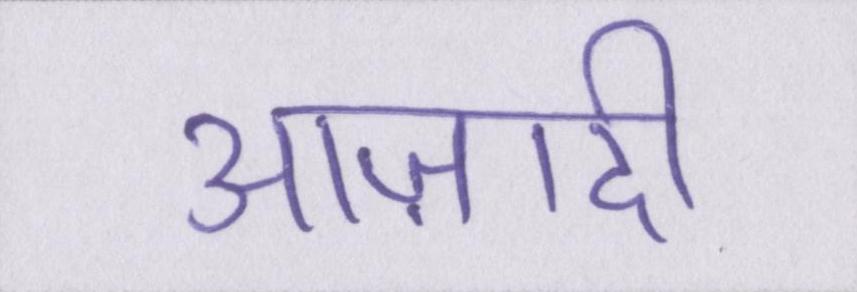
आज़ादी